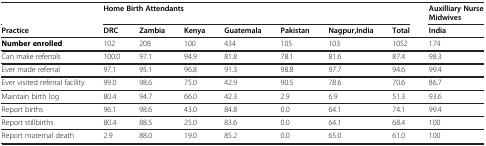
<table><thead><tr><td><b> </b></td><td colspan="7"><b>Home Birth Attendants</b></td><td><b>Auxilliary Nurse Midwives</b></td></tr><tr><td><b>Practice</b></td><td><b>DRC</b></td><td><b>Zambia</b></td><td><b>Kenya</b></td><td><b>Guatemala</b></td><td><b>Pakistan</b></td><td><b>Nagpur,India</b></td><td><b>Total</b></td><td><b>India</b></td></tr></thead><tbody><tr><td><b>Number enrolled</b></td><td>102</td><td>208</td><td>100</td><td>434</td><td>105</td><td>103</td><td>1052</td><td>174</td></tr><tr><td>Can make referrals</td><td>100.0</td><td>97.1</td><td>94.9</td><td>81.8</td><td>78.1</td><td>81.6</td><td>87.4</td><td>98.3</td></tr><tr><td>Ever made referral</td><td>97.1</td><td>95.1</td><td>96.8</td><td>91.3</td><td>98.8</td><td>97.7</td><td>94.6</td><td>99.4</td></tr><tr><td>Ever visited referral facility</td><td>99.0</td><td>98.6</td><td>75.0</td><td>42.9</td><td>90.5</td><td>78.6</td><td>70.6</td><td>86.7</td></tr><tr><td>Maintain birth log</td><td>80.4</td><td>94.7</td><td>66.0</td><td>42.3</td><td>2.9</td><td>6.9</td><td>51.3</td><td>93.6</td></tr><tr><td>Report births</td><td>96.1</td><td>98.6</td><td>43.0</td><td>84.8</td><td>0.0</td><td>64.1</td><td>74.1</td><td>99.4</td></tr><tr><td>Report stillbirths</td><td>80.4</td><td>88.5</td><td>25.0</td><td>83.6</td><td>0.0</td><td>64.1</td><td>68.4</td><td>100</td></tr><tr><td>Report maternal death</td><td>2.9</td><td>88.0</td><td>19.0</td><td>85.2</td><td>0.0</td><td>65.0</td><td>61.0</td><td>100</td></tr></tbody></table>